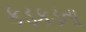
કડકડતા